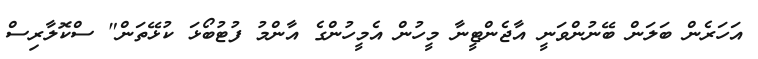
އަހަރެން ބަލަން ބޭނުންވަނީ އާޖެންޓީނާ މީހުން އެމީހުންގެ އާންމު ފުޓުބޯޅަ ކުޅޭތަން" ސްކޮލާރިސް